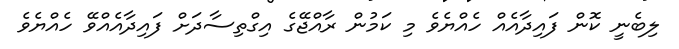
ލިބެނީ ކޮން ފައިދާއެއް ހެއްޔެވެ މި ކަމުން ރާއްޖޭގެ އިގްތިސާދަށް ފައިދާއެއްވޭ ހެއްޔެވެ